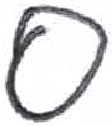
אות: ס